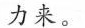
力来。